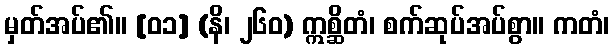
မှတ်အပ်၏။ [၀၁] (နိ၊ ၂၆၀) ဣစ္ဆိတံ၊ စက်ဆုပ်အပ်စွာ။ ကတံ၊